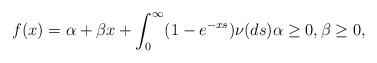
LaTeX: \begin{align*} f(x)= \alpha+\beta x+\int _0^\infty (1-e^{-xs}) \nu(ds) \alpha \geq 0, \beta \geq 0,\end{align*}